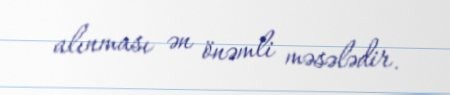
alınması ən önəmli məsələdir.